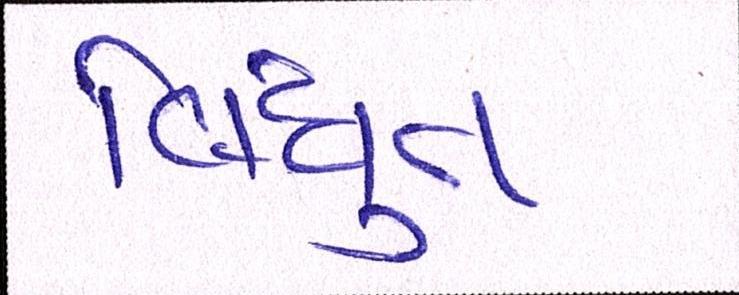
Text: વિધુત